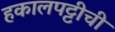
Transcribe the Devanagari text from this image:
हकालपट्टीची